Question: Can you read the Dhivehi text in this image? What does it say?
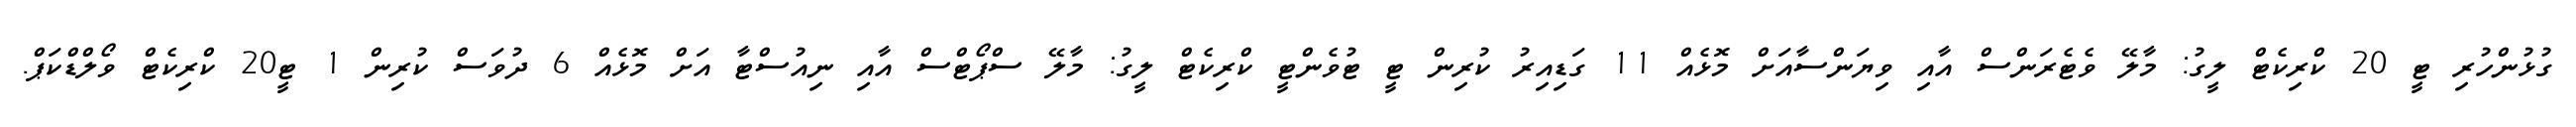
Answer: ގުޅުންހުރި ޓީ 20 ކްރިކެޓް ލީގު: މާލޭ ވެޓެރަންސް އާއި ވިޔަންސާއަށް މޮޅެއް 11 ގަޑިއިރު ކުރިން ޓީ ޓުވެންޓީ ކްރިކެޓް ލީގު: މާލޭ ސްޕޯޓްސް އާއި ނިއުސްޓާ އަށް މޮޅެއް 6 ދުވަސް ކުރިން 1 ޓީ20 ކްރިކެޓް ވޯލްޑްކަޕް.